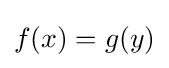
f(x)=g(y)